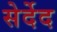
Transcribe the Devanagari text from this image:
सेर्देद